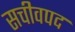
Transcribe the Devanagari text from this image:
सचीवपद